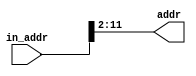
module addr2dm (
    in_addr,addr
);

input[31:0] in_addr;
output[11:2] addr;

assign addr=in_addr[11:2];
    
endmodule